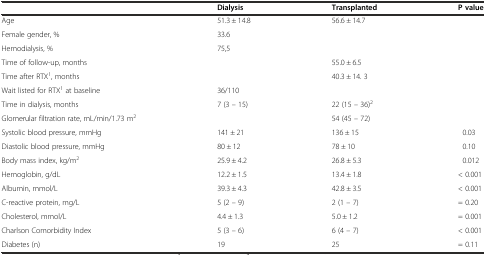
<table><thead><tr><td></td><td><b>Dialysis</b></td><td><b>Transplanted</b></td><td><b>P value</b></td></tr></thead><tbody><tr><td>Age</td><td>51.3 ± 14.8</td><td>56.6 ± 14.7</td><td></td></tr><tr><td>Female gender, %</td><td>33.6</td><td></td><td></td></tr><tr><td>Hemodialysis, %</td><td>75,5</td><td></td><td></td></tr><tr><td>Time of follow-up, months</td><td></td><td>55.0 ± 6.5</td><td></td></tr><tr><td>Time after RTX<sup>1</sup>, months</td><td></td><td>40.3 ± 14. 3</td><td></td></tr><tr><td>Wait listed for RTX<sup>1</sup> at baseline</td><td>36/110</td><td></td><td></td></tr><tr><td>Time in dialysis, months</td><td>7 (3 – 15)</td><td>22 (15 – 36)<sup>2</sup></td><td></td></tr><tr><td>Glomerular filtration rate, mL/min/1.73 m<sup>2</sup></td><td></td><td>54 (45 – 72)</td><td></td></tr><tr><td>Systolic blood pressure, mmHg</td><td>141 ± 21</td><td>136 ± 15</td><td>0.03</td></tr><tr><td>Diastolic blood pressure, mmHg</td><td>80 ± 12</td><td>78 ± 10</td><td>0.10</td></tr><tr><td>Body mass index, kg/m<sup>2</sup></td><td>25.9 ± 4.2</td><td>26.8 ± 5.3</td><td>0.012</td></tr><tr><td>Hemoglobin, g/dL</td><td>12.2 ± 1.5</td><td>13.4 ± 1.8</td><td>&lt; 0.001</td></tr><tr><td>Albumin, mmol/L</td><td>39.3 ± 4.3</td><td>42.8 ± 3.5</td><td>&lt; 0.001</td></tr><tr><td>C-reactive protein, mg/L</td><td>5 (2 – 9)</td><td>2 (1 – 7)</td><td>= 0.20</td></tr><tr><td>Cholesterol, mmol/L</td><td>4.4 ± 1.3</td><td>5.0 ± 1.2</td><td>= 0.001</td></tr><tr><td>Charlson Comorbidity Index</td><td>5 (3 – 6)</td><td>6 (4 – 7)</td><td>&lt; 0.001</td></tr><tr><td>Diabetes (n)</td><td>19</td><td>25</td><td>= 0.11</td></tr></tbody></table>